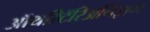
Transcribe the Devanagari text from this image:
ऑथरिटॅरिअनिझम